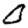
Digit: 0